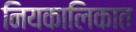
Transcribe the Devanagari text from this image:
नियकालिकात